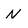
Character: N